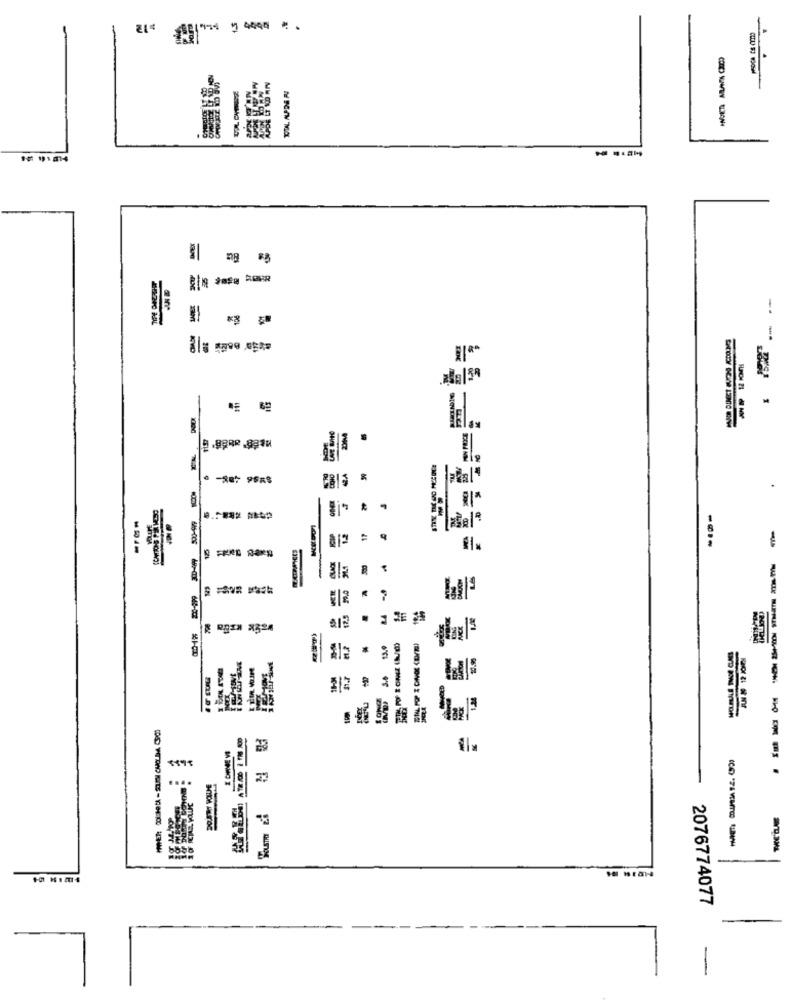
APDE ET ND ANV
---
-.
-
PRIS &
17
=
$1-OD
--------.
-
2076774077
-